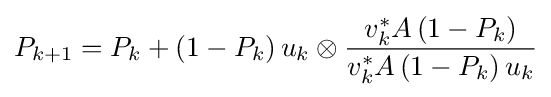
P_{k+1}=P_{k}+\left(1-P_{k}\right)u_{k}\otimes {v_{k}^{*}A\left(1-P_{k}\right) \over v_{k}^{*}A\left(1-P_{k}\right)u_{k}}